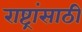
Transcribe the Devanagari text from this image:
राष्ट्रांसाठी